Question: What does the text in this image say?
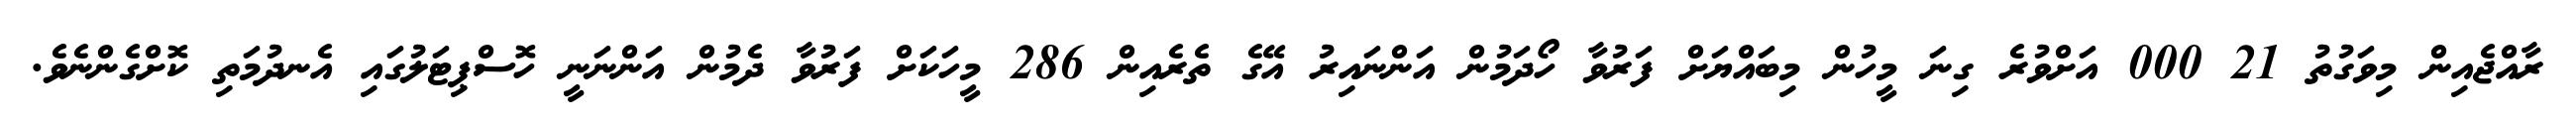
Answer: ރާއްޖެއިން މިވަގުތު 21 000 އަށްވުރެ ގިނަ މީހުން މިބައްޔަށް ފަރުވާ ހޯދަމުން އަންނައިރު އޭގެ ތެރެއިން 286 މީހަކަށް ފަރުވާ ދެމުން އަންނަނީ ހޮސްޕިޓަލުގައި އެނދުމަތި ކޮށްގެންނެވެ.